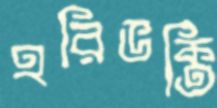
হরিভক্তি